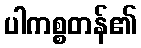
ပါကစ္စတန်၏